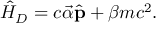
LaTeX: \hat { H } _ { D } = c \vec { \alpha } \hat { \bf p } + \beta m c ^ { 2 } .